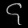
Digit: ၄